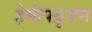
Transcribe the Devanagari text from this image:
हेमीफ्य़ूज़न